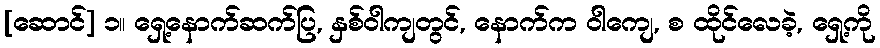
[ဆောင်] ၁။ ရှေ့နောက်ဆက်ပြ, နှစ်ဝါကျတွင်, နောက်က ဝါကျေ, စ ထိုင်လေခဲ့, ရှေ့ကို